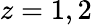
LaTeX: z=1,2